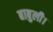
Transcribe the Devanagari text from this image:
बाबुली।